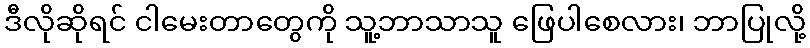
ဒီလိုဆိုရင် ငါမေးတာတွေကို သူ့ဘာသာသူ ဖြေပါစေလား၊ ဘာပြုလို့